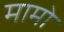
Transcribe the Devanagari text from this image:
मामो